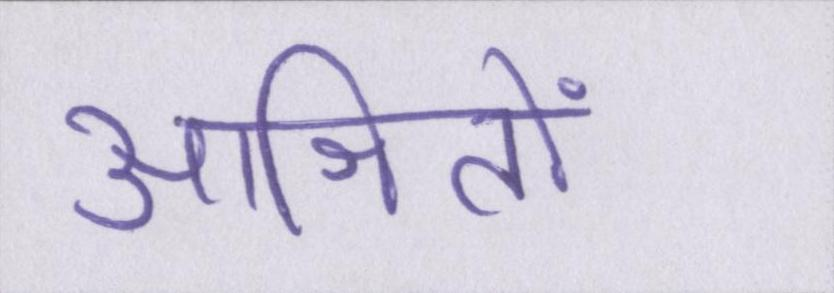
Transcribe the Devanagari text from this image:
आश्रितों